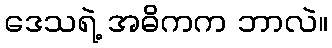
ဒေသရဲ့ အဓိကက ဘာလဲ။